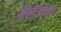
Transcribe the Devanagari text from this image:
बेलॅडोना